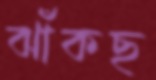
ঝাঁকছ